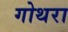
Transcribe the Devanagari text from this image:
गोथरा